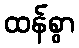
ထန်စွာ